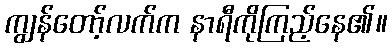
ကျွန်တော့်လက်က နာရီကိုကြည့်နေ၏။